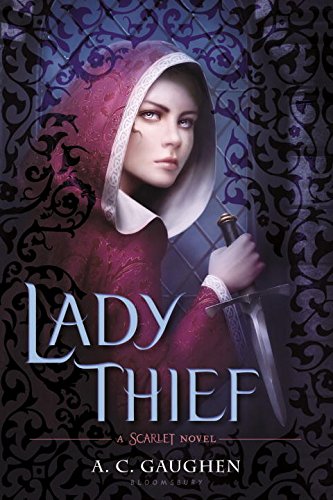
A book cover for Lady Thief: A Scarlet Novel; A.C. Gaughen; Teen & Young Adult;